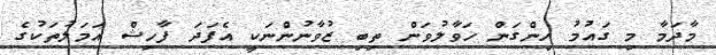
މާދަމާ މި ގައުމު ހިންގަން ހަވާލުވަން ތިބި ޒުވާނުންނަކީ އެފަދަ ފާހިޝް އަމަލުތަކުގެ